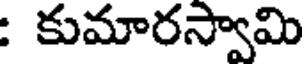
: కుమారస్వామి